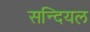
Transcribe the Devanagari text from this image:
सन्दियल